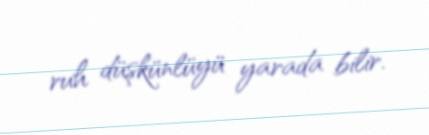
ruh düşkünlüyü yarada bilir.